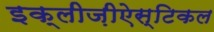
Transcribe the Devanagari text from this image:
इक्लीज़ीऐस्टिकल